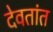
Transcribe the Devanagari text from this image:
देवतांत